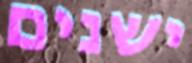
ישנים